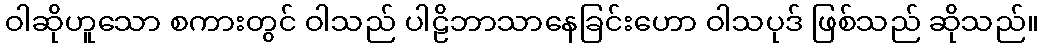
ဝါဆိုဟူသော စကားတွင် ဝါသည် ပါဠိဘာသာနေခြင်းဟော ဝါသပုဒ် ဖြစ်သည် ဆိုသည်။